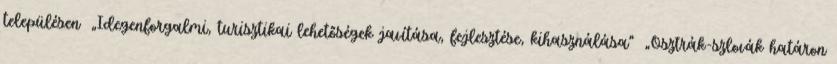
településen ▪„Idegenforgalmi, turisztikai lehetőségek javítása, fejlesztése, kihasználása” ▪„Osztrák-szlovák határon